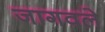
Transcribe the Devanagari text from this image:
जागवले